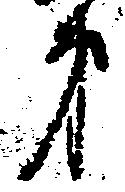
第